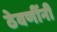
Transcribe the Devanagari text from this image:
ठेवणींनी